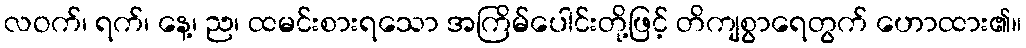
လဝက်၊ ရက်၊ နေ့၊ ည၊ ထမင်းစားရသော အကြိမ်ပေါင်းတို့ဖြင့် တိကျစွာရေတွက် ဟောထား၏။